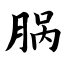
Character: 脶